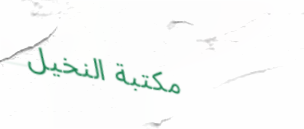
مكتبة النخيل